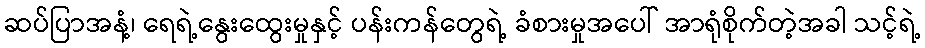
ဆပ်ပြာအနံ့၊ ရေရဲ့နွေးထွေးမှုနှင့် ပန်းကန်တွေရဲ့ ခံစားမှုအပေါ် အာရုံစိုက်တဲ့အခါ သင့်ရဲ့